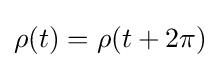
\rho (t)=\rho (t+2\pi )